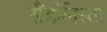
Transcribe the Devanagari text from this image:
सैंडीनिस्ता